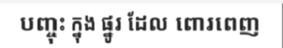
បញ្ចុះ ក្នុង ផ្នូរ ដែល ពោរពេញ